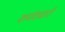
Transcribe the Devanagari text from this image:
कर्मवचारी